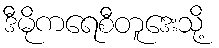
ဒီမိုကရေစီတူဒေးသို့